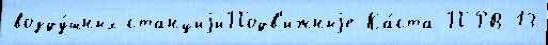
возду́шных станциjиПодв'ижныjе Ка́ста ПРВ-13